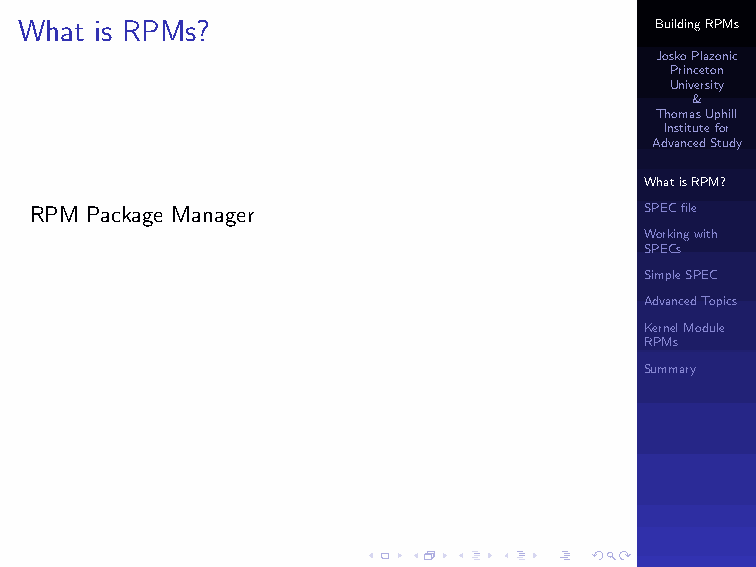
Two types of RPM packages.
 I binary
 I source
 What is RPMs?                             BuildingRPMs
 JoskoPlazonic
 Princeton
 University
 &
 ThomasUphill
 Institutefor
 AdvancedStudy
 WhatisRPM?
 RPM Package Manager                      SPECfile
 Workingwith
 SPECs
 SimpleSPEC
 AdvancedTopics
 KernelModule
 RPMs
 Summary